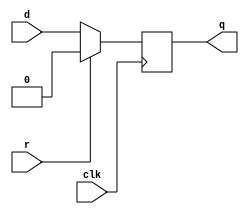
module top_module(
    input d,
    input clk,
    input r,
    output q
);
    reg q;
    always @(posedge clk) begin
        if (r)
            q<=0;
        else
            q<=d;
    end

endmodule